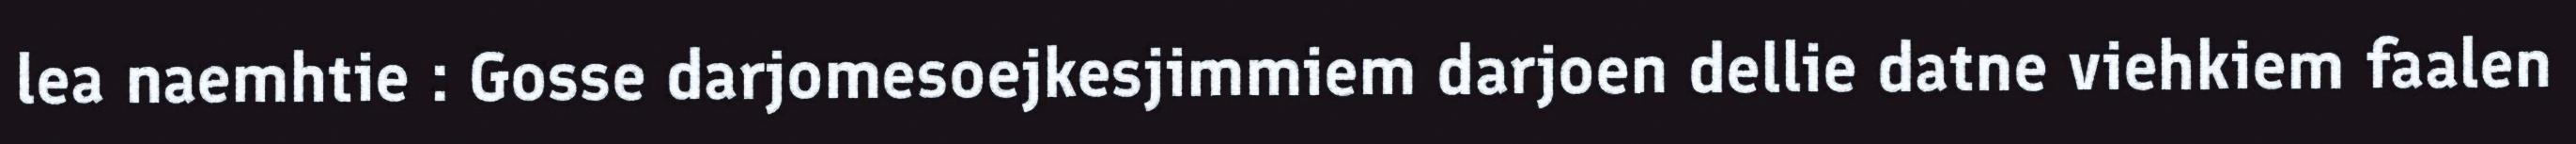
lea naemhtie : Gosse darjomesoejkesjimmiem darjoen dellie datne viehkiem faalen